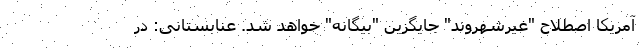
آمریکا اصطلاح "غیرشهروند" جایگزین "بیگانه" خواهد شد. عنابستانی: در